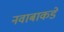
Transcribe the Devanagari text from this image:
नवाबाकडे